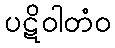
ပဋိဝါတံဝ